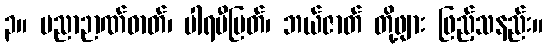
၃။ ပညာဉာဏ်ဓာတ်၊ ပါရမီမြတ်၊ ဘယ်ဇာတ် တို့ဖျား ဖြည့်သနည်း။